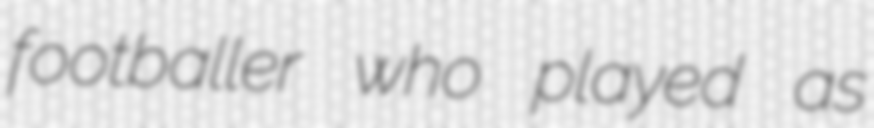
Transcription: footballer who played as